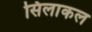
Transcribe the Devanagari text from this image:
सिलाकल